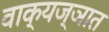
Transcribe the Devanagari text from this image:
वाक्‌यज्ञात